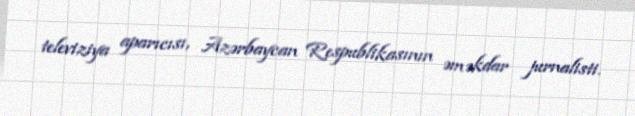
televiziya aparıcısı, Azərbaycan Respublikasının əməkdar jurnalisti.